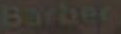
Barber